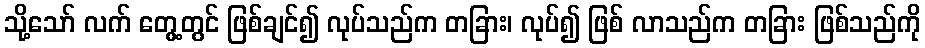
သို့သော် လက် တွေ့တွင် ဖြစ်ချင်၍ လုပ်သည်က တခြား၊ လုပ်၍ ဖြစ် လာသည်က တခြား ဖြစ်သည်ကို